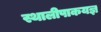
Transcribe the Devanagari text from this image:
स्थालीपाकयज्ञ